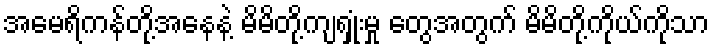
အမေရိကန်တို့အနေနဲ့ မိမိတို့ကျရှုံးမှု တွေအတွက် မိမိတို့ကိုယ်ကိုသာ